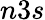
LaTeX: n3s